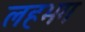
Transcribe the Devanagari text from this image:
लहभग